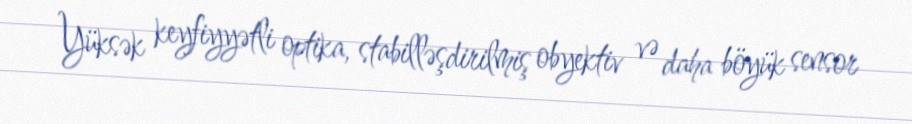
Yüksək keyfiyyətli optika, stabilləşdirilmiş obyektiv və daha böyük sensor